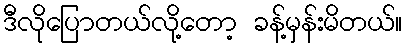
ဒီလိုပြောတယ်လို့တော့ ခန့်မှန်းမိတယ်။